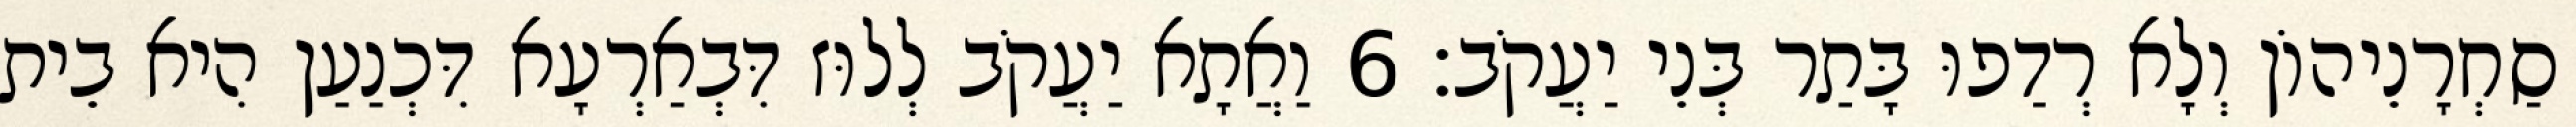
סַחְרָנֵיהוֹן וְלָא רְדַפוּ בָּתַר בְּנֵי יַעֲקֹב׃ 6 וַאֲתָא יַעֲקֹב לְלוּז דִּבְאַרְעָא דִּכְנַעַן הִיא בֵית